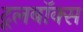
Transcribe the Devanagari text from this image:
टूलबॉक्स